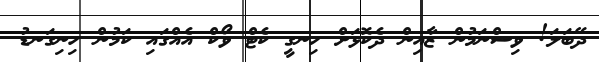
ދޭބަލަ! ވިސްނަމުން ޒާއިން ދެކޮޅަށް ހިނގީ ކެޓް ވޯކް އެއްގައި ކަމުން ހިނިގަނޑު